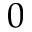
0